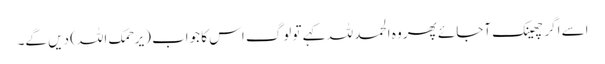
اسے اگر چھینک آجائے پھر وہ الحمد للہ کہے تو لوگ اس کا جواب (یرحمک اللہ) دیں گے۔